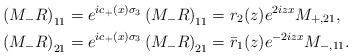
\begin{align*}&\left(M_{-} R\right)_{11}=e^{ic_+(x)\sigma_3}\left(M_{-} R\right)_{11}=r_2(z) e^{2 iz x} M_{+,21},\\&\left(M_- R\right)_{21}=e^{ic_+(x)\sigma_3}\left(M_{-} R\right)_{21}=\bar{r}_1(z) e^{-2iz x} M_{-,11}.\end{align*}